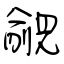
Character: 覦